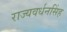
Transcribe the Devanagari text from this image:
राज्यवर्धनसिंह